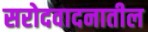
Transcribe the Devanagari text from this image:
सरोदवादनातील